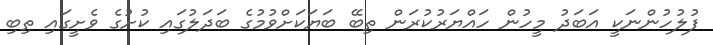
ފުލުހުންނަކީ އަބަދު މީހުން ހައްޔަރުކުރަން ތިބޭ ބަޔަކަށްވުމުގެ ބަދަލުގައި ކުށުގެ ވެށީގައި ތިބި